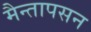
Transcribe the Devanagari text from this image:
मैन्तापसन